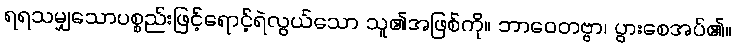
ရရသမျှသောပစ္စည်းဖြင့်ရောင့်ရဲလွယ်သော သူ၏အဖြစ်ကို။ ဘာဝေတဗ္ဗာ၊ ပွားစေအပ်၏။